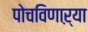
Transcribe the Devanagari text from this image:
पोचविणाऱ्या